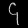
Digit: ၄